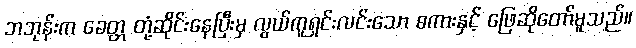
ဘဘုန်းက ခေတ္တ တုံ့ဆိုင်းနေပြီးမှ လွယ်ကူရှင်းလင်းသော စကားနှင့် ဖြေဆိုတော်မူသည်။